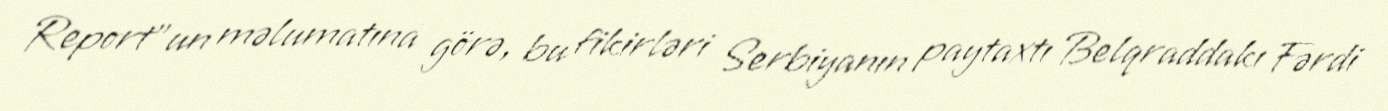
Report"un məlumatına görə, bu fikirləri Serbiyanın paytaxtı Belqraddakı Fərdi